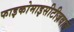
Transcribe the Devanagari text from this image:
फाइकोमाइसीटीज़वाले